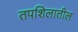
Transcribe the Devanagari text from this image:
तपशिलातील